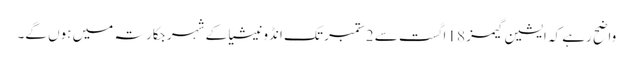
واضح رہے کہ ایشین گیمز 18 اگست سے 2ستمبر تک انڈونیشیا کے شہر جکارتہ میں ہوں گے۔